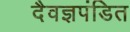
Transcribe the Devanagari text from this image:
दैवज्ञपंडित